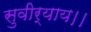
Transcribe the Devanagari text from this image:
सुवीर्याय।।